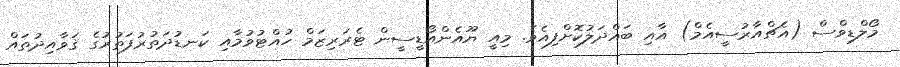
މޯލްޑިވްސް (އެޗްއާރުސީއެމް) އާއި ބައްދަލުކޮށްފިއެވެ. މިިއީ ޔޫއެންއޯޑީސީން ޓެރަރިޒަމް ހުއްޓުވުމާއި ކަނޑުދަތުރުފަތުރުގެ ޤަވާއިދުތައް